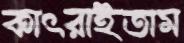
কাৎরাইতাম